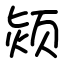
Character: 颎